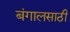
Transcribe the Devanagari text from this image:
बंगालसाठी